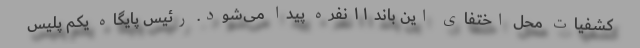
کشفیات محل اختفای این باند ۱۱ نفره پیدا می‌شود. رئیس پایگاه یکم پلیس